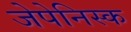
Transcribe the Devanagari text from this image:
जेपेनिस्क